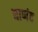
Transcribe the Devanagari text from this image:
घाणंद